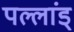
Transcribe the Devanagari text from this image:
पल्लांड्